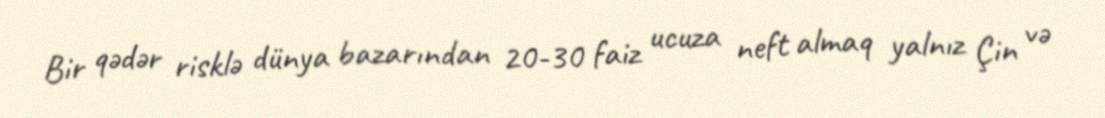
Bir qədər risklə dünya bazarından 20-30 faiz ucuza neft almaq yalnız Çin və